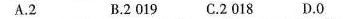
A.2 B.2019 C.2018 D.0